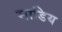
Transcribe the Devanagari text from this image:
साडिय